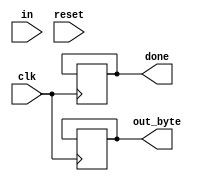
module top_module(
    input clk,
    input in,
    input reset,    // Synchronous reset
    output [7:0] out_byte,
    output done
); //

	// Insert your code below
	
    // Use FSM from Fsm_serial

    // New: Datapath to latch input bits.

    reg [7:0] data_byte;
    reg [1:0] state;
    reg start_bit;
    reg [7:0] data;
    reg stop_bit;

    always @(posedge clk) begin
        if (reset) begin
            state <= 0;
            start_bit <= 1;
            data <= 0;
            stop_bit <= 1;
        end else begin
            case (state)
                0: begin
                    if (in == 1) begin
                        start_bit <= 0;
                        state <= 1;
                    end
                end
                1: begin
                    if (in == 1) begin
                        data <= data + 1;
                    end else begin
                        state <= 2;
                    end
                end
                2: begin
                    if (in == 1) begin
                        data <= data + 1;
                    end else begin
                        state <= 3;
                    end
                end
                3: begin
                    if (in == 1) begin
                        data <= data + 1;
                    end else begin
                        state <= 4;
                    end
                end
                4: begin
                    if (in == 1) begin
                        data <= data + 1;
                    end else begin
                        state <= 5;
                    end
                end
                5: begin
                    if (in == 0) begin
                        state <= 6;
                    end
                end
                6: begin
                    if (in == 0) begin
                        state <= 7;
                    end else begin
                        state <= 0;
                    end
                end
            endcase
        end
    end

    always @(posedge clk) begin
        if (state == 7) begin
            out_byte <= data;
            done <= 1;
        end
    end

endmodule